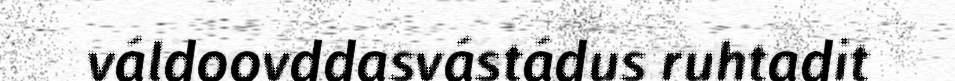
váldoovddasvástádus ruhtadit